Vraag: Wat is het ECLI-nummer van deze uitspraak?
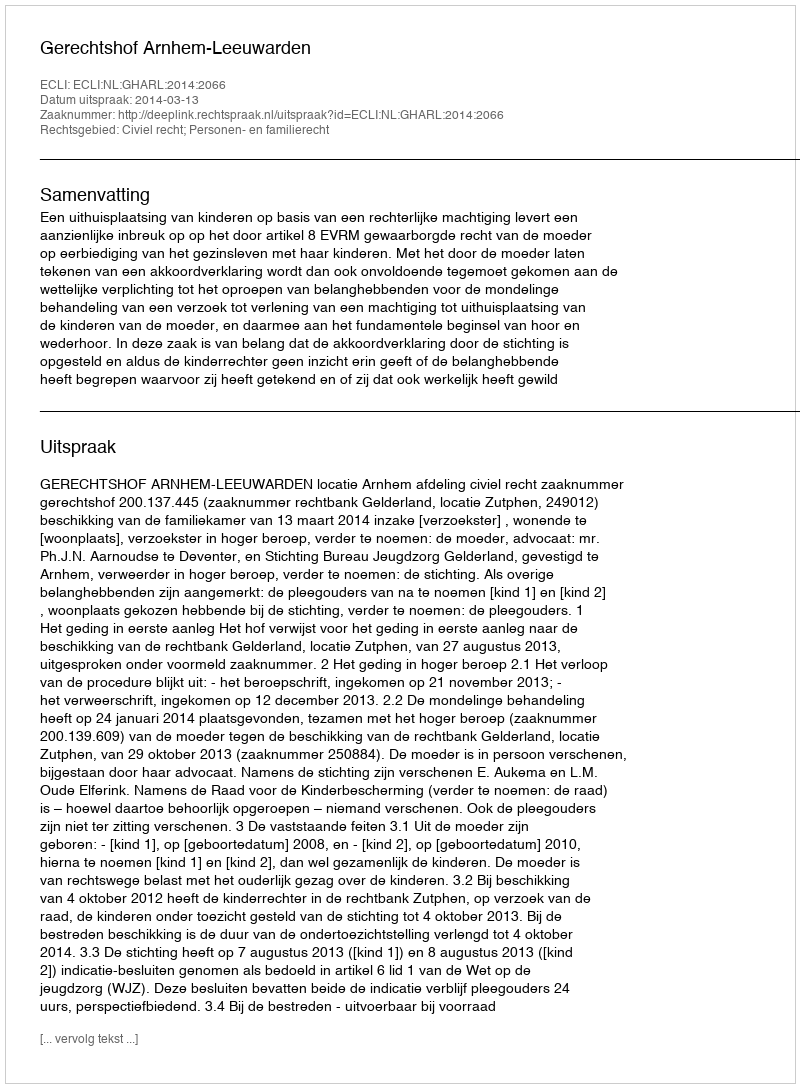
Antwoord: ECLI:NL:GHARL:2014:2066